Vaccination report Assam 1896-1927 - 1896-1927
Year: 1896
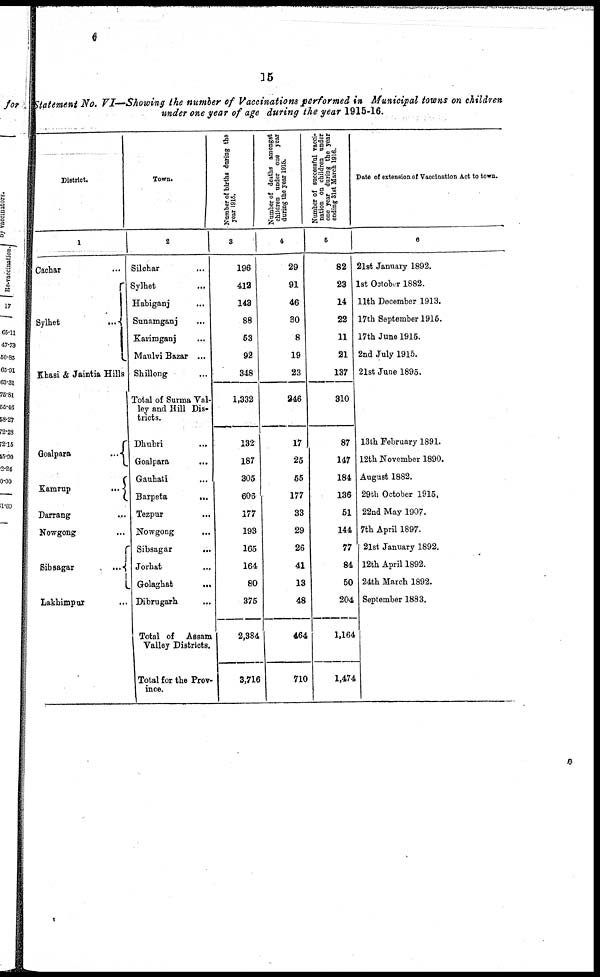
15
Statement No. VI—Showing the number of Vaccinations performed in Municipal towns on children
under one year of age during the year 1915-16.
District.
1
Cachar...
Sylhet...
Khasi & Jaintia Hills
Goalpara...
Kamrup...
Darrang...
Nowgong...
Sibsagar...
Lakhimpur...
Town.
2
Silchar...
Sylhet...
Habiganj...
Sonamganj...
Karimganj...
Maulvi Bazar ...
Shillong...
Total of Surma Val-
ley and Hill Dis-
tricts.
Dhubri...
Goalpara...
Gauhati...
Barpeta...
Tezpur...
Nowgong...
Sibsagar...
Jorhat...
Golaghat...
Dibrugarh...
Total of Assam
Valley Districts.
Total for the Prov-
ince.
Number of births during the
year 1916.
3
196
412
143
88
53
92
348
1,332
132
187
305
606
177
193
165
164
80
375
2,384
3,716
Number of deaths amongst
children under one year
during the year 1916.
4
29
91
46
30
8
19
23
246
17
25
55
177
33
29
26
41
13
48
464
710
Number of successful vacci-
nation on children under
one year during the year
ending 31st March 1916.
5
82
23
14
22
11
21
137
310
87
147
184
136
51
144
77
84
50
204
1,164
1,474
Date of extension of Vaccination Act to town.
6
21st January 1892.
1st October 1882.
11th December 1913.
17th September 1915.
17th June 1915.
2nd July 1915.
21st June 1895.
13th February 1891.
12th November 1890.
August 1882.
29th October 1915.
22nd May 1907.
7th April 1897.
21st January 1892.
12th April 1892.
24th March 1892.
September 1883.